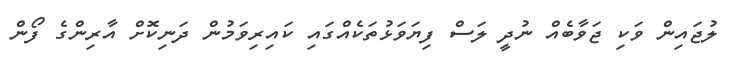
ލުޖައިން ވަކި ޖަވާބެއް ނުދީ ލަސް ފިޔަވަޅުތަކެއްގައި ކައިރިވަމުން ދަނިކޮށް އާރިންގެ ފޯން